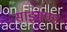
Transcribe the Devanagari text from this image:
साइमण्ड